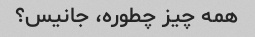
همه چیز چطوره، جانیس؟